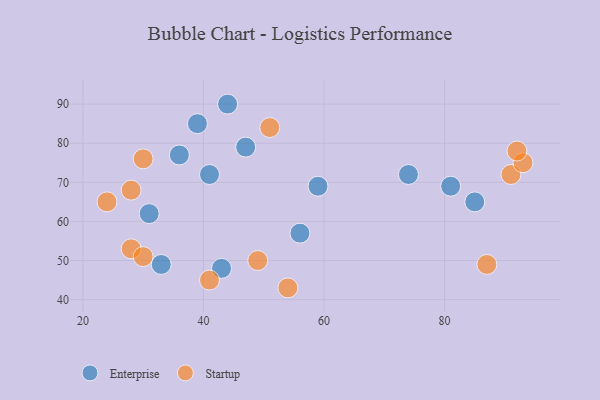
{"axis": {"x": "GDP", "y": "Life Expectancy"}, "legend": ["Enterprise", "Startup"], "data": [{"x": "41", "y": 72, "type": "Enterprise"}, {"x": "43", "y": 48, "type": "Enterprise"}, {"x": "36", "y": 77, "type": "Enterprise"}, {"x": "44", "y": 90, "type": "Enterprise"}, {"x": "74", "y": 72, "type": "Enterprise"}, {"x": "39", "y": 85, "type": "Enterprise"}, {"x": "31", "y": 62, "type": "Enterprise"}, {"x": "81", "y": 69, "type": "Enterprise"}, {"x": "59", "y": 69, "type": "Enterprise"}, {"x": "56", "y": 57, "type": "Enterprise"}, {"x": "33", "y": 49, "type": "Enterprise"}, {"x": "85", "y": 65, "type": "Enterprise"}, {"x": "47", "y": 79, "type": "Enterprise"}, {"x": "51", "y": 84, "type": "Startup"}, {"x": "87", "y": 49, "type": "Startup"}, {"x": "91", "y": 72, "type": "Startup"}, {"x": "49", "y": 50, "type": "Startup"}, {"x": "54", "y": 43, "type": "Startup"}, {"x": "24", "y": 65, "type": "Startup"}, {"x": "41", "y": 45, "type": "Startup"}, {"x": "28", "y": 68, "type": "Startup"}, {"x": "30", "y": 76, "type": "Startup"}, {"x": "28", "y": 53, "type": "Startup"}, {"x": "93", "y": 75, "type": "Startup"}, {"x": "92", "y": 78, "type": "Startup"}, {"x": "30", "y": 51, "type": "Startup"}]}